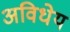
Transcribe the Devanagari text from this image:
अविधेय